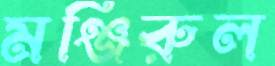
মঞ্জিরুল